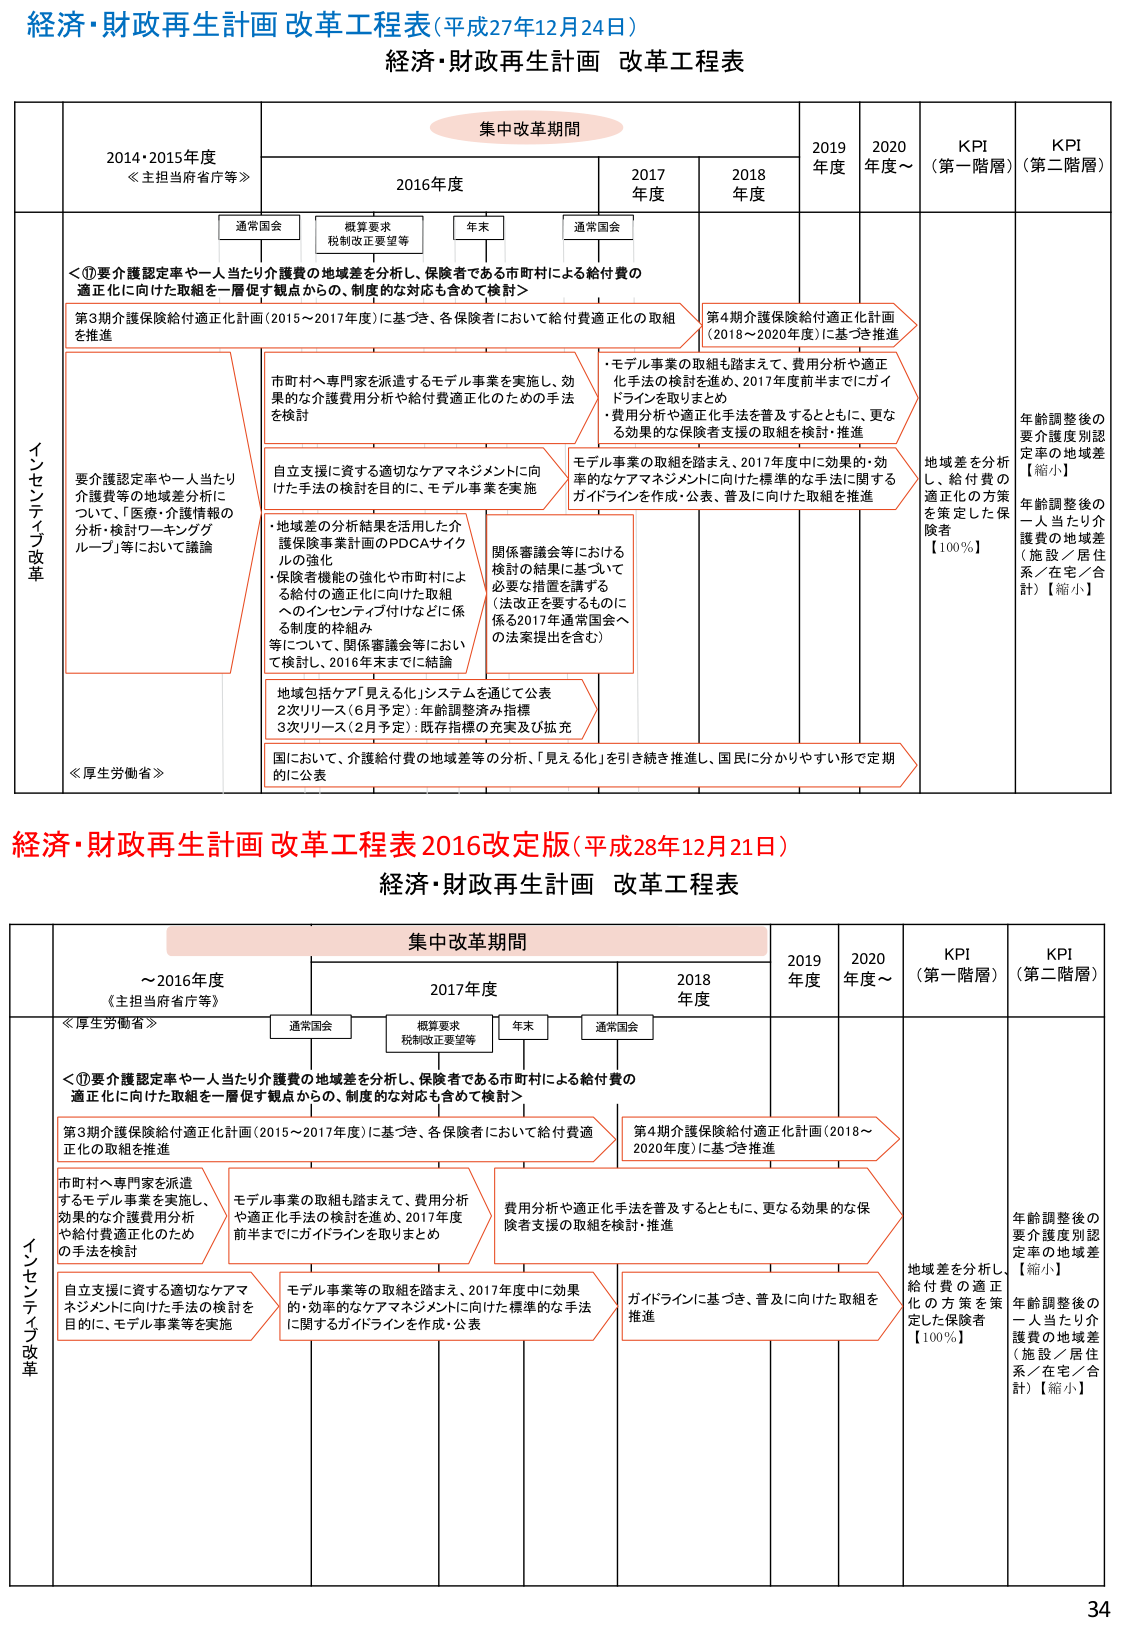
経済・財政再生計画 改革工程表(平成27年12月24日)
経済・財政再生計画 改革工程表

集中改革期間

2014・2015年度
≪主担当府省庁等≫

2016年度
通常国会
概算要求
税制改正要望等
年末
通常国会

2017年度
2018年度
2019年度
2020年度～
KPI（第一階層）
KPI（第二階層）

インセンティブ改革

＜①要介護認定率や一人当たり介護費の地域差を分析し、保険者である市町村による給付費の適正化に向けた取組を一層促す観点からの、制度的な対応も含めて検討＞

第3期介護保険給付適正化計画（2015～2017年度）に基づき、各保険者において給付費適正化の取組を推進

市町村へ専門家を派遣するモデル事業を実施し、効果的な介護費用分析や給付費適正化のための手法を検討

自立支援に資する適切なケアマネジメントに向けた手法の検討を目的に、モデル事業を実施

・地域差の分析結果を活用した介護保険事業計画のPDCAサイクルの強化
・保険者機能の強化や市町村による給付の適正化に向けた取組へのインセンティブ付けなどに係る制度的枠組み等について、関係審議会等において検討し、2016年末までに結論

地域包括ケア「見える化」システムを通じて公表
2次リリース（6月予定）：年齢調整済み指標
3次リリース（2月予定）：既存指標の充実及び拡充

国において、介護給付費の地域差等の分析、「見える化」を引き続き推進し、国民に分かりやすい形で定期的に公表

第4期介護保険給付適正化計画（2018～2020年度）に基づき推進

・モデル事業の取組も踏まえて、費用分析や適正化手法の検討を進め、2017年度前半までにガイドラインを取りまとめ
・費用分析や適正化手法を普及するとともに、更なる効果的な保険者支援の取組を検討・推進

モデル事業の取組を踏まえ、2017年度中に効果的・効率的なケアマネジメントに向けた標準的な手法に関するガイドラインを作成・公表、普及に向けた取組を推進

関係審議会等における検討の結果に基づいて必要な措置を講ずる（法改正を要するものに係る2017年通常国会への法案提出を含む）

≪厚生労働省≫

地域差を分析し、給付費の適正化の方策を策定した保険者【100％】

年齢調整後の要介護度別認定率の地域差【縮小】
年齢調整後の一人当たり介護費の地域差（施設／居住系／在宅／合計）【縮小】

経済・財政再生計画 改革工程表 2016改定版（平成28年12月21日）
経済・財政再生計画 改革工程表

集中改革期間

～2016年度
≪主担当府省庁等≫

通常国会
概算要求
税制改正要望等
年末
通常国会

2017年度
2018年度
2019年度
2020年度～
KPI（第一階層）
KPI（第二階層）

インセンティブ改革

＜①要介護認定率や一人当たり介護費の地域差を分析し、保険者である市町村による給付費の適正化に向けた取組を一層促す観点からの、制度的な対応も含めて検討＞

第3期介護保険給付適正化計画（2015～2017年度）に基づき、各保険者において給付費適正化の取組を推進

市町村へ専門家を派遣するモデル事業を実施し、効果的な介護費用分析や給付費適正化のための手法を検討

モデル事業の取組も踏まえて、費用分析や適正化手法の検討を進め、2017年度前半までにガイドラインを取りまとめ

費用分析や適正化手法を普及するとともに、更なる効果的保険者支援の取組を検討・推進

自立支援に資する適切なケアマネジメントに向けた手法の検討を目的に、モデル事業等を実施

モデル事業等の取組を踏まえ、2017年度中に効果的・効率的なケアマネジメントに向けた標準的な手法に関するガイドラインを作成・公表

ガイドラインに基づき、普及に向けた取組を推進

第4期介護保険給付適正化計画（2018～2020年度）に基づき推進

≪厚生労働省≫

地域差を分析し、給付費の適正化の方策を策定した保険者【100％】

年齢調整後の要介護度別認定率の地域差【縮小】
年齢調整後の一人当たり介護費の地域差（施設／居住系／在宅／合計）【縮小】

34